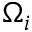
\Omega _ { i }